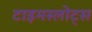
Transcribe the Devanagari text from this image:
टाइमस्लोट्स